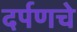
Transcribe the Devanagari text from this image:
दर्पणचे